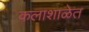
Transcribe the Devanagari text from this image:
कलाशाळेत